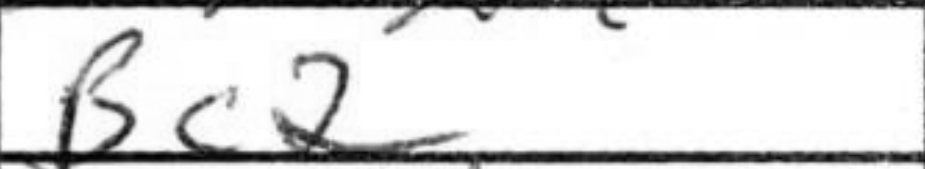
Transcription: Bc2